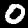
Digit: 0